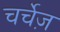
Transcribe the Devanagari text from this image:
चर्चेज़